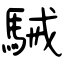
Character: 駴